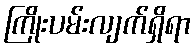
ကြိုးပမ်းလျက်ရှိရာ